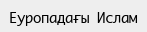
Еуропадағы Ислам